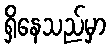
ရှိနေသည်မှာ